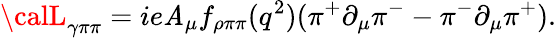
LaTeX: {\calL}_{\gamma\pi\pi}=ie\mathit{A}_{\mu}f_{\rho\pi\pi}(q^{2})(\pi^{+}\partial_{\mu}\pi^{-}-\pi^{-}\partial_{\mu}\pi^{+}).